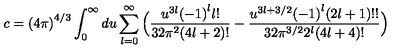
c = { ( 4 \pi ) } ^ { 4 / 3 } \int _ { 0 } ^ { \infty } d u \sum _ { l = 0 } ^ { \infty } \Big ( \frac { u ^ { 3 l } { ( - 1 ) } ^ { l } l ! } { 3 2 \pi ^ { 2 } ( 4 l + 2 ) ! } - \frac { u ^ { 3 l + 3 / 2 } { ( - 1 ) } ^ { l } ( 2 l + 1 ) ! ! } { 3 2 \pi ^ { 3 / 2 } 2 ^ { l } ( 4 l + 4 ) ! } \Big )